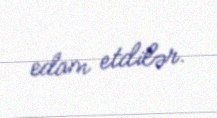
edam etdilər.